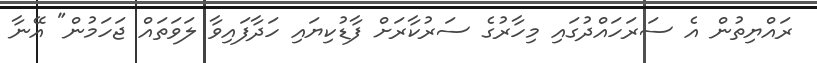
ރައްޔިތުން އެ ސަރަހައްދުގައި މިހާރުގެ ސަރުކާރަށް ފާޑުކިޔައި ހަދާފައިވާ ލަވަތައް ޖަހަމުން" އޭނާ